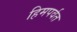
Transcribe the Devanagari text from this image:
हिमपर्वत